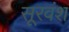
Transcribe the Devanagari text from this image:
सूरवंश